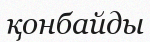
қонбайды